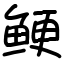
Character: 鲠